Etiology and epidemiology of plague
Disease focus: Plague
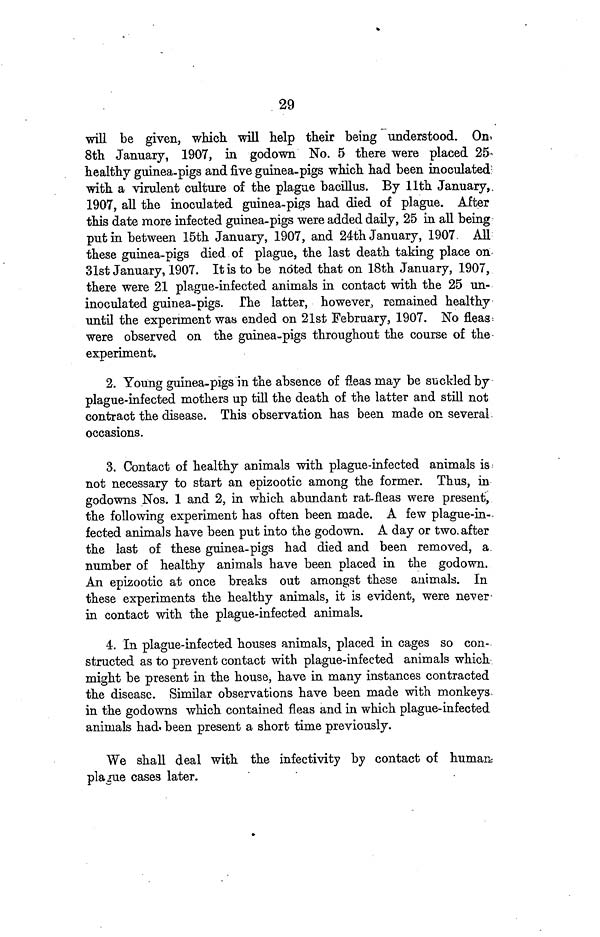
29
will be given, which will help their being understood. On.
8th January, 1907, in godown No. 5 there were placed 25
healthy guinea-pigs and five guinea-pigs which had been inoculated
with a virulent culture of the plague bacillus. By 11th January,
1907, all the inoculated guinea-pigs had died of plague. After
this date more infected guinea-pigs were added daily, 25 in all being
put in between 15th January, 1907, and 24th January, 1907 All
these guinea-pigs died of plague, the last death taking place on
31st January, 1907. It is to be noted that on 18th January, 1907,
there were 21 plague-infected animals in contact with the 25 un-
inoculated guinea-pigs. The latter, however, remained healthy
until the experiment was ended on 21st February, 1907. No fleas
were observed on the guinea-pigs throughout the course of the
experiment.
2. Young guinea-pigs in the absence of fleas may be suckled by
plague-infected mothers up till the death of the latter and still not
contract the disease. This observation has been made on several
occasions.
3. Contact of healthy animals with plague-infected animals is
not necessary to start an epizootic among the former. Thus, in
godowns Nos. 1 and 2, in which abundant rat-fleas were present,
the following experiment has often been made. A few plague-in--
fected animals have been put into the godown. A day or two. after
the last of these guinea-pigs had died and been removed, a.
number of healthy animals have been placed in the godown.
An epizootic at once breaks out amongst these animals. In
these experiments the healthy animals, it is evident, were never
in contact with the plague-infected animals.
4. In plague-infected houses animals, placed in cages so con-
structed as to prevent contact with plague-infected animals which
might be present in the house, have in many instances contracted
the disease. Similar observations have been made with monkeys
in the godowns which contained fleas and in which plague-infected
animals had. been present a short time previously.
We shall deal with the infectivity by contact of human
plague cases later.